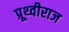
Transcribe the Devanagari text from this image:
प्रूथ्‍वीराज